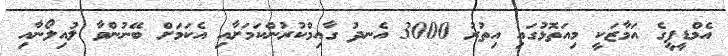
އެމްޑީޕީގެ އަމާޒަކީ މިއަތޮޅުގައި އިތުރު 3000 އެނދު ގާއިމްކުރުންކަމަށާއި އެކަމަށް ބޭނުންވާ ލުއިލޯނާއި